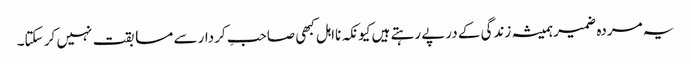
یہ مردہ ضمیر ہمیشہ زندگی کے درپے رہتے ہیں کیونکہ نااہل کبھی صاحبِ کردار سے مسابقت نہیں کر سکتا۔